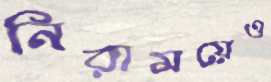
নিরাময়েও